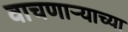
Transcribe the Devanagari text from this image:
वाचणाऱ्याच्या